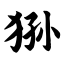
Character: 狲